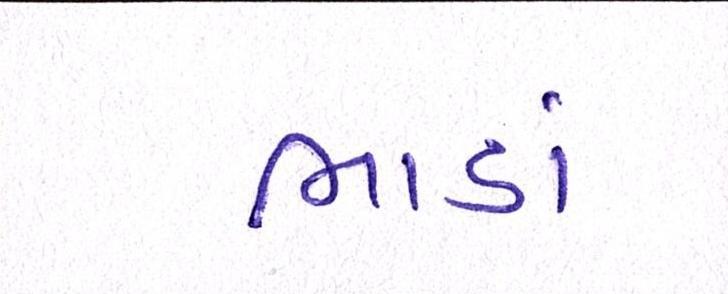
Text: ભાડાં